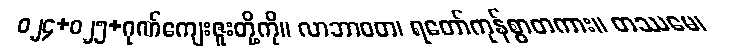
ဝ၂၄+၀၂၅+ဂုဏ်ကျေးဇူးတို့ကို။ လာဘာဝတ၊ ရတော်ကုန်စွာတကား။ တဿမေ၊